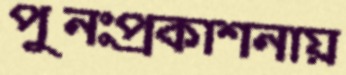
পুনঃপ্রকাশনায়